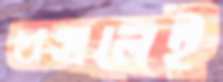
খসলেই